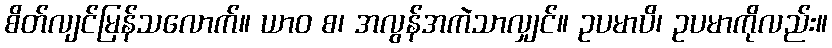
စိတ်လျင်မြန်သလောက်။ ယာဝ စ၊ အလွန်အကဲသာလျှင်။ ဥပမာပိ၊ ဥပမာကိုလည်း။